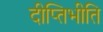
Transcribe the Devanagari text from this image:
दीप्तिभीति